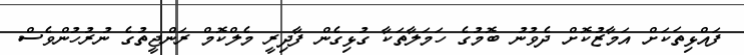
ފައްޅިތަކަށް އަމާޒުކޮށް ދެވުނު ބޮމުގެ ހަމަލާތަކާ ގުޅިގެން ފާދިރީ މެލްކޮމް ރަންޖީތުގެ ނުރުހުންވެސް